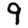
Digit: 9